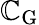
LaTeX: \mathbb{C}_{\mathrm{{G}}}